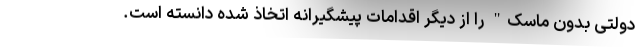
دولتی بدون ماسک" را از دیگر اقدامات پیشگیرانه اتخاذ شده دانسته است.